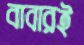
বাবারই